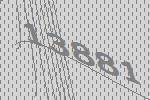
13881